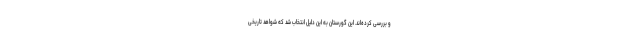
و بررسی کرده‌اند. این گورستان به این دلیل انتخاب شد که شواهد تاریخی